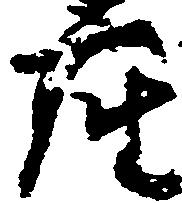
座